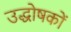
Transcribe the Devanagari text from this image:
उद्धोषकों